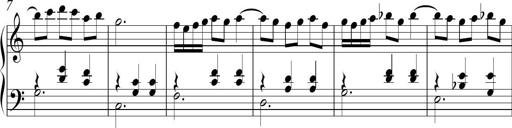
Title: Ten Piano Sonatinas
Composer: Andreas Sain